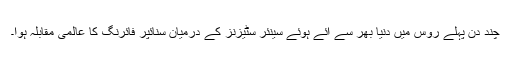
چند دن پہلے روس میں دنیا بھر سے آئے ہوئے سینئر سٹیزنز کے درمیان سنائپر فائرنگ کا عالمی مقابلہ ہوا۔